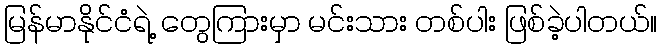
မြန်မာနိုင်ငံရဲ့ တွေကြားမှာ မင်းသား တစ်ပါး ဖြစ်ခဲ့ပါတယ်။